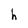
Character: h